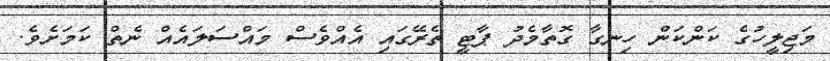
މަޖިލީހުގެ ކަންކަން ހިނގާ ގޮތާމެދު ޕާޓީ ތެރޭގައި އެއްވެސް މައްސަލައެއް ނެތް ކަމަށެވެ.